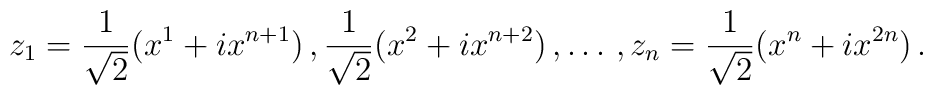
z_{1} = \frac{1}{\sqrt{2}}( x^{1} + ix^{n+1})   \, ,  \frac{1}{\sqrt{2}}( x^{2} + ix^{n+2}) \, , \dots \, , z_{n} = \frac{1}{\sqrt{2}}( x^{n} + ix^{2n}) \, .